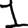
Digit: 1